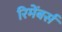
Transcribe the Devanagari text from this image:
रिमेंबर्स